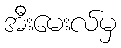
အီးမေးလ်မှ